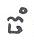
ចំ